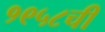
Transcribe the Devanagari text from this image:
१९५८ची